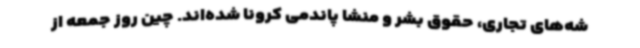
شه‌های تجاری، حقوق بشر و منشا پاندمی کرونا شده‌اند. چین روز جمعه از